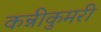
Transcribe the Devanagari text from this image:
कन्नीकुमरी